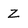
Character: Z